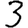
Digit: 3